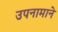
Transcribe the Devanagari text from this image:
उपनामाने